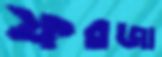
ফরজা